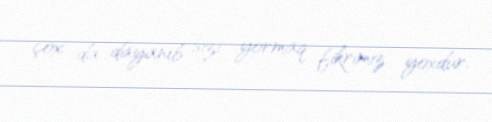
çox da dayanıb sizi yormaq fikrimiz yoxdur.